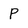
Character: p